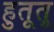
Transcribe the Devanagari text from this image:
हुतूतू